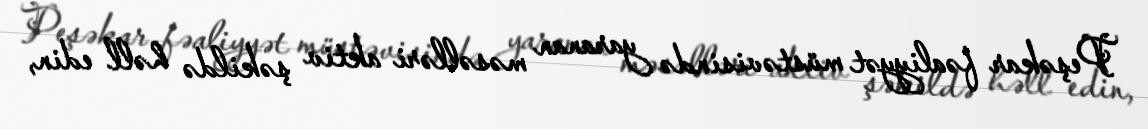
Peşəkar fəaliyyət müstəvisində yaranan məsəlləri aktiv şəkildə həll edin,